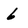
Character: 6